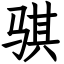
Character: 骐